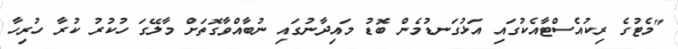
"މެޓުގެ ރިކުއެސްޓާއެކުގައި އަޅުގަނޑުމެން ބޮޑު މައިދާނުގައި ނުބާއްވާގޮތަށް މާލޭގަ ހުކުރު ކުރާ ހުރިހާ